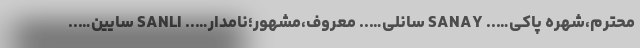
محترم،شهره پاکی….. SANAY سانلی….. معروف،مشهور؛نامدار….. SANLI سایین…..